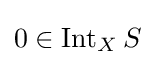
0\in \operatorname {Int} _{X}S